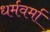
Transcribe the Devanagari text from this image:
धर्मवर्मा